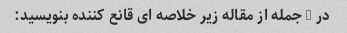
در 5 جمله از مقاله زیر خلاصه ای قانع کننده بنویسید: